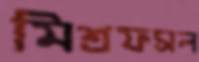
মিশ্রফসল